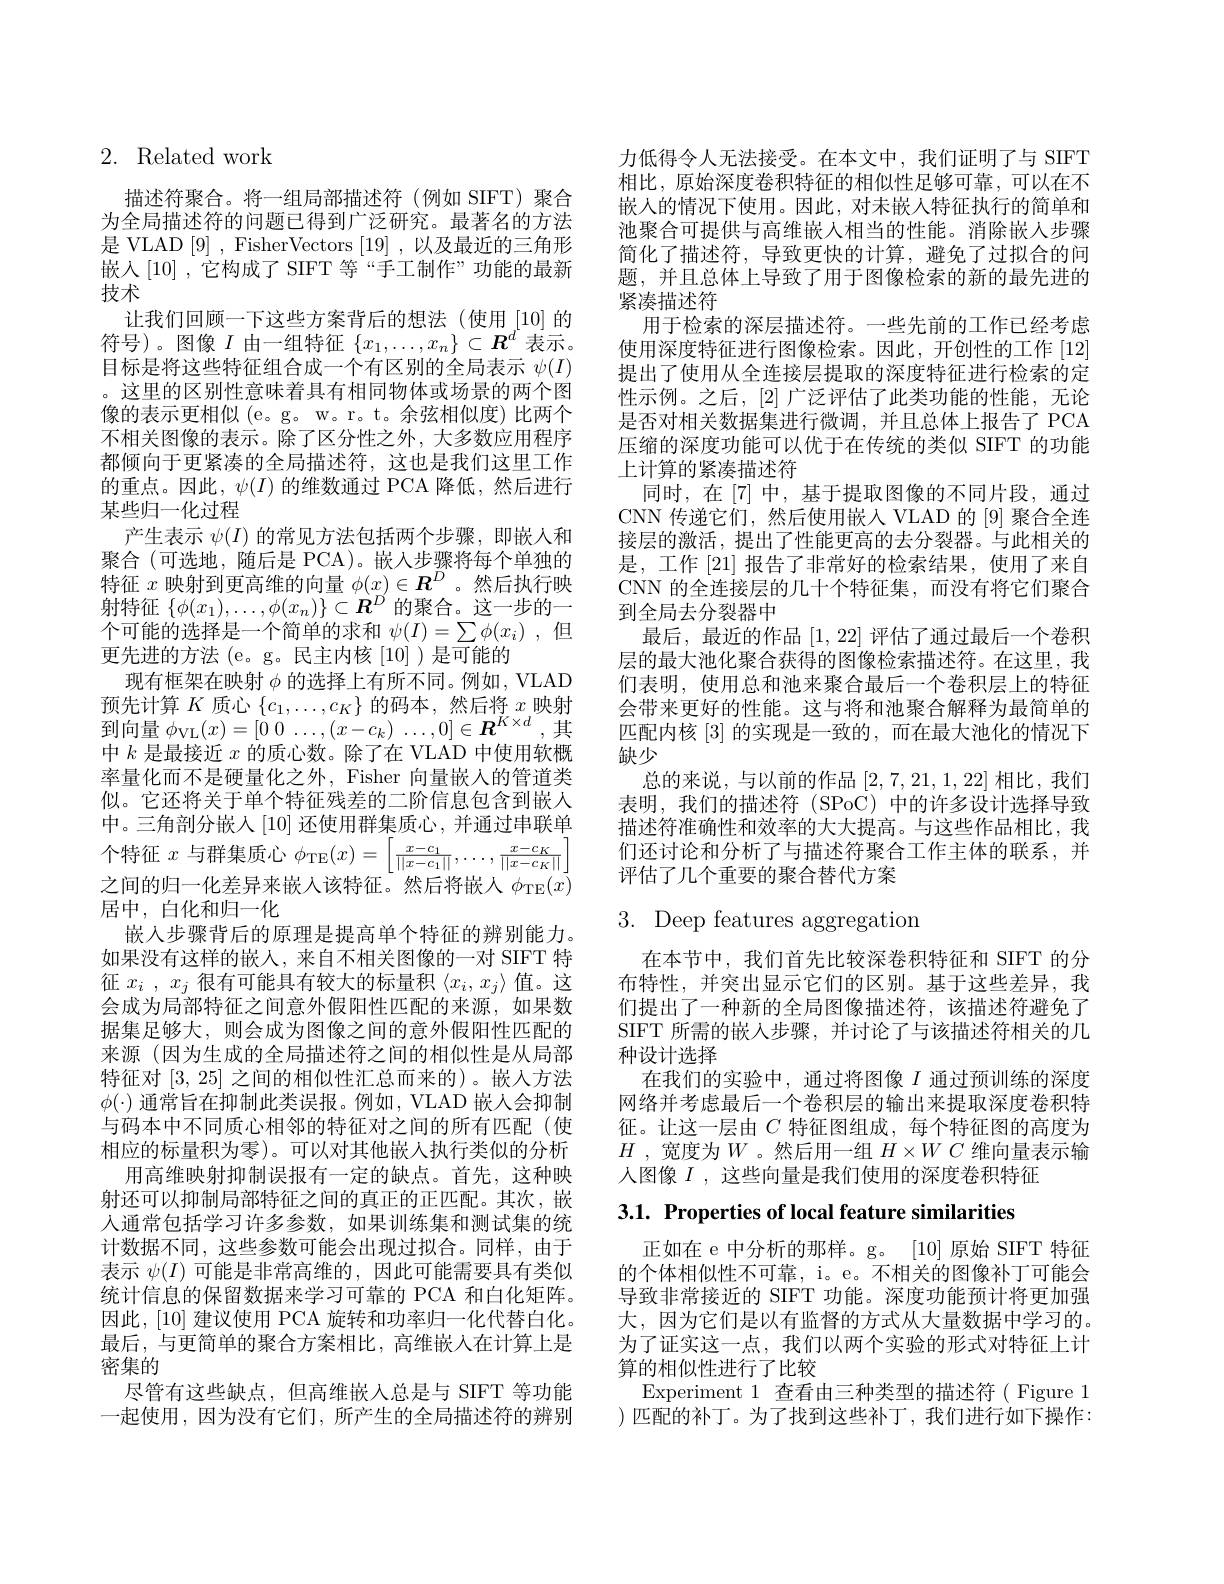
## 2. Related work

描述符聚合。将一组局部描述符(例如 SIFT)聚合为全局描述符的问题已得到广泛研究。最著名的方法是 VLAD [9] , FisherVectors [19] , 以及最近的三角形嵌入[10] ,它构成了 SIFT 等“手工制作”功能的最新技术
让我们回顾一下这些方案背后的想法(使用 [10] 的符号)。图像$I$由一组特征$\{x_1,\ldots,x_n\}\subset\boldsymbol{R}^d$表示。目标是将这些特征组合成一个有区别的全局表示$\psi(I)$ 。这里的区别性意味着具有相同物体或场景的两个图像的表示更相似 (e。g。w。r。t。余弦相似度)比两个不相关图像的表示。除了区分性之外，大多数应用程序都倾向于更紧凑的全局描述符，这也是我们这里工作的重点。因此，$\psi(I)$的维数通过 PCA 降低，然后进行某些归一化过程
产生表示$\psi(I)$的常见方法包括两个步骤，即嵌人和聚合 (可选地，随后是 PCA)。嵌人步骤将每个单独的特征$x$映射到更高维的向量$\phi(x)\in\boldsymbol{R}^D$ 。然后执行映射特征$\{\phi(x_1),\ldots,\phi(x_n)\}\subset\boldsymbol{R}^D$的聚合。这一步的一个可能的选择是一个简单的求和$\psi(I)=\sum\phi(x_i)$ ,但更先进的方法 (e。g。民主内核[10])是可能的
现有框架在映射$\phi$的选择上有所不同。例如，VLAD 预 先 计 算 $K$ 质 心 $\{ c_{1}, \ldots , c_{K}\}$ 的 码 本 ,然 后 将 $x$ 映 射 到 向 量 $\phi _{\mathrm{VL}}( x) = [ 0$ 0 $\ldots , ( x- c_{k})$ $\ldots , 0] \in \boldsymbol{R}^{K\times d}$, 其中$k$是最接近$x$的质心数。除了在 VLAD 中使用软概率量化而不是硬量化之外，Fisher 向量嵌入的管道类似。它还将关于单个特征残差的二阶信息包含到嵌人中。三角剖分嵌入[10] 还使用群集质心，并通过串联单个特征$x$与群集质心$\phi_{\mathrm{TE}}(x)=\left[\frac{x-c_1}{||x-c_1||},\ldots,\frac{x-c_K}{||x-c_K||}\right]$ 之间的归一化差异来嵌入该特征。然后将嵌人$\phi_{\mathrm{TE}}(\bar{x})$ 居中，白化和归一化
嵌入步骤背后的原理是提高单个特征的辨别能力。如果没有这样的嵌人，来自不相关图像的一对 SIFT 特征$x_i,x_j$很有可能具有较大的标量积$\langle x_i,x_j\rangle$值。这会成为局部特征之间意外假阳性匹配的来源，如果数据集足够大，则会成为图像之间的意外假阳性匹配的来源 (因为生成的全局描述符之间的相似性是从局部特征对[3,25]之间的相似性汇总而来的)。嵌人方法$\phi(\cdot)\dot{\text{ 通常旨在抑制此类误报。例如，VLAD 嵌入会抑制}}$ 与码本中不同质心相邻的特征对之间的所有匹配(使相应的标量积为零)。可以对其他嵌人执行类似的分析
用高维映射抑制误报有一定的缺点。首先，这种映射还可以抑制局部特征之间的真正的正匹配。其次，嵌人通常包括学习许多参数，如果训练集和测试集的统计数据不同，这些参数可能会出现过拟合。同样，由于表示$\psi(I)$可能是非常高维的，因此可能需要具有类似统计信息的保留数据来学习可靠的 PCA 和白化矩阵。因此，[10] 建议使用 PCA 旋转和功率归一化代替白化。最后，与更简单的聚合方案相比，高维嵌入在计算上是密集的
尽管有这些缺点，但高维嵌入总是与 SIFT 等功能一起使用，因为没有它们，所产生的全局描述符的辨别

力低得令人无法接受。在本文中，我们证明了与 SIFT 相比，原始深度卷积特征的相似性足够可靠，可以在不嵌入的情况下使用。因此，对未嵌人特征执行的简单和池聚合可提供与高维嵌人相当的性能。消除嵌人步骤简化了描述符，导致更快的计算，避免了过拟合的问题，并且总体上导致了用于图像检索的新的最先进的紧凑描述符
用于检索的深层描述符。一些先前的工作已经考虑使用深度特征进行图像检索。因此，开创性的工作[12] 提出了使用从全连接层提取的深度特征进行检索的定性示例。之后，[2]广泛评估了此类功能的性能，无论是否对相关数据集进行微调，并且总体上报告了 PCA 压缩的深度功能可以优于在传统的类似 SIFT 的功能上计算的紧凑描述符
同时，在[7]中，基于提取图像的不同片段，通过CNN 传递它们，然后使用嵌入 VLAD 的 [9] 聚合全连接层的激活，提出了性能更高的去分裂器。与此相关的是，工作[21] 报告了非常好的检索结果，使用了来自CNN 的全连接层的几十个特征集，而没有将它们聚合到全局去分裂器中
最后，最近的作品[1,22]评估了通过最后一个卷积层的最大池化聚合获得的图像检索描述符。在这里，我们表明，使用总和池来聚合最后一个卷积层上的特征会带来更好的性能。这与将和池聚合解释为最简单的匹配内核[3]的实现是一致的，而在最大池化的情况下缺少
总的来说，与以前的作品[2,7,21,1,22]相比，我们表明，我们的描述符(SPoC)中的许多设计选择导致描述符准确性和效率的大大提高。与这些作品相比，我们还讨论和分析了与描述符聚合工作主体的联系，并评估了几个重要的聚合替代方案

3. Deep features aggregation

在本节中，我们首先比较深卷积特征和 SIFT 的分布特性，并突出显示它们的区别。基于这些差异，我们提出了一种新的全局图像描述符，该描述符避免了SIFT 所需的嵌入步骤，并讨论了与该描述符相关的几种设计选择
在我们的实验中，通过将图像$I$通过预训练的深度网络并考虑最后一个卷积层的输出来提取深度卷积特征。让这一层由$C$特征图组成，每个特征图的高度为$H$ ,宽度为$W$ 。然后用一组 $H\times WC$ 维向量表示输人图像$I$ ,这些向量是我们使用的深度卷积特征

$3. 1. \textbf{ Properties of local feature similarities}$

正如在 e 中分析的那样。g。[10]原始 SIFT 特征的个体相似性不可靠，i。e。不相关的图像补丁可能会导致非常接近的 SIFT 功能。深度功能预计将更加强大，因为它们是以有监督的方式从大量数据中学习的。为了证实这一点，我们以两个实验的形式对特征上计算的相似性进行了比较
Experiment 1 查看由三种类型的描述符( Figure 1 ) 匹配的补丁。为了找到这些补丁，我们进行如下操作：